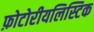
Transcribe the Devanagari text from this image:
फ़ोटोरीयलिस्टिक